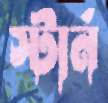
স্টার্ন